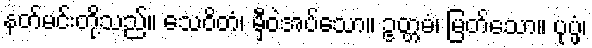
နတ်မင်းတို့သည်။ သေဝိတံ၊ မှီဝဲအပ်သော။ ဥတ္တမံ၊ မြတ်သော။ ပုပ္ဖံ၊